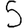
Digit: 5